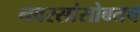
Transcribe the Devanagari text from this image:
नवरसांसोबतच